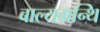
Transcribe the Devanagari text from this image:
बाल्यग्रन्थि